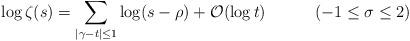
LaTeX: \begin{align*} \log \zeta(s)= \sum_{|\gamma-t|\leq 1}\log (s-\rho)+\mathcal{O}(\log t) \ \ \ \ \ \ \ \ \ (-1\leq \sigma\leq 2)\end{align*}